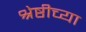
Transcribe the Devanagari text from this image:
श्रेष्ठीच्या